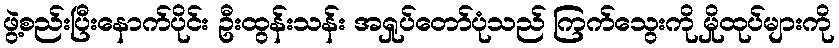
ဖွဲ့စည်းပြီးနောက်ပိုင်း ဦးထွန်းသန်း အရှုပ်တော်ပုံသည် ကြက်သွေးကို မှိုထုပ်များကို